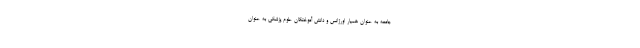
جامعه به عنوان همیار اورژانس و دانش آموختگان علوم پزشکی به عنوان